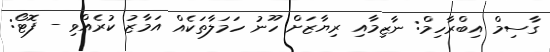
ގާސިމް އިބްރާހިމް: ނާޒިމާއި ރިޔާޒަށް ހޫނު ހަމަލާތަކެއް އަމާޒު ކުރެއްވި - ފޮޓޯ: